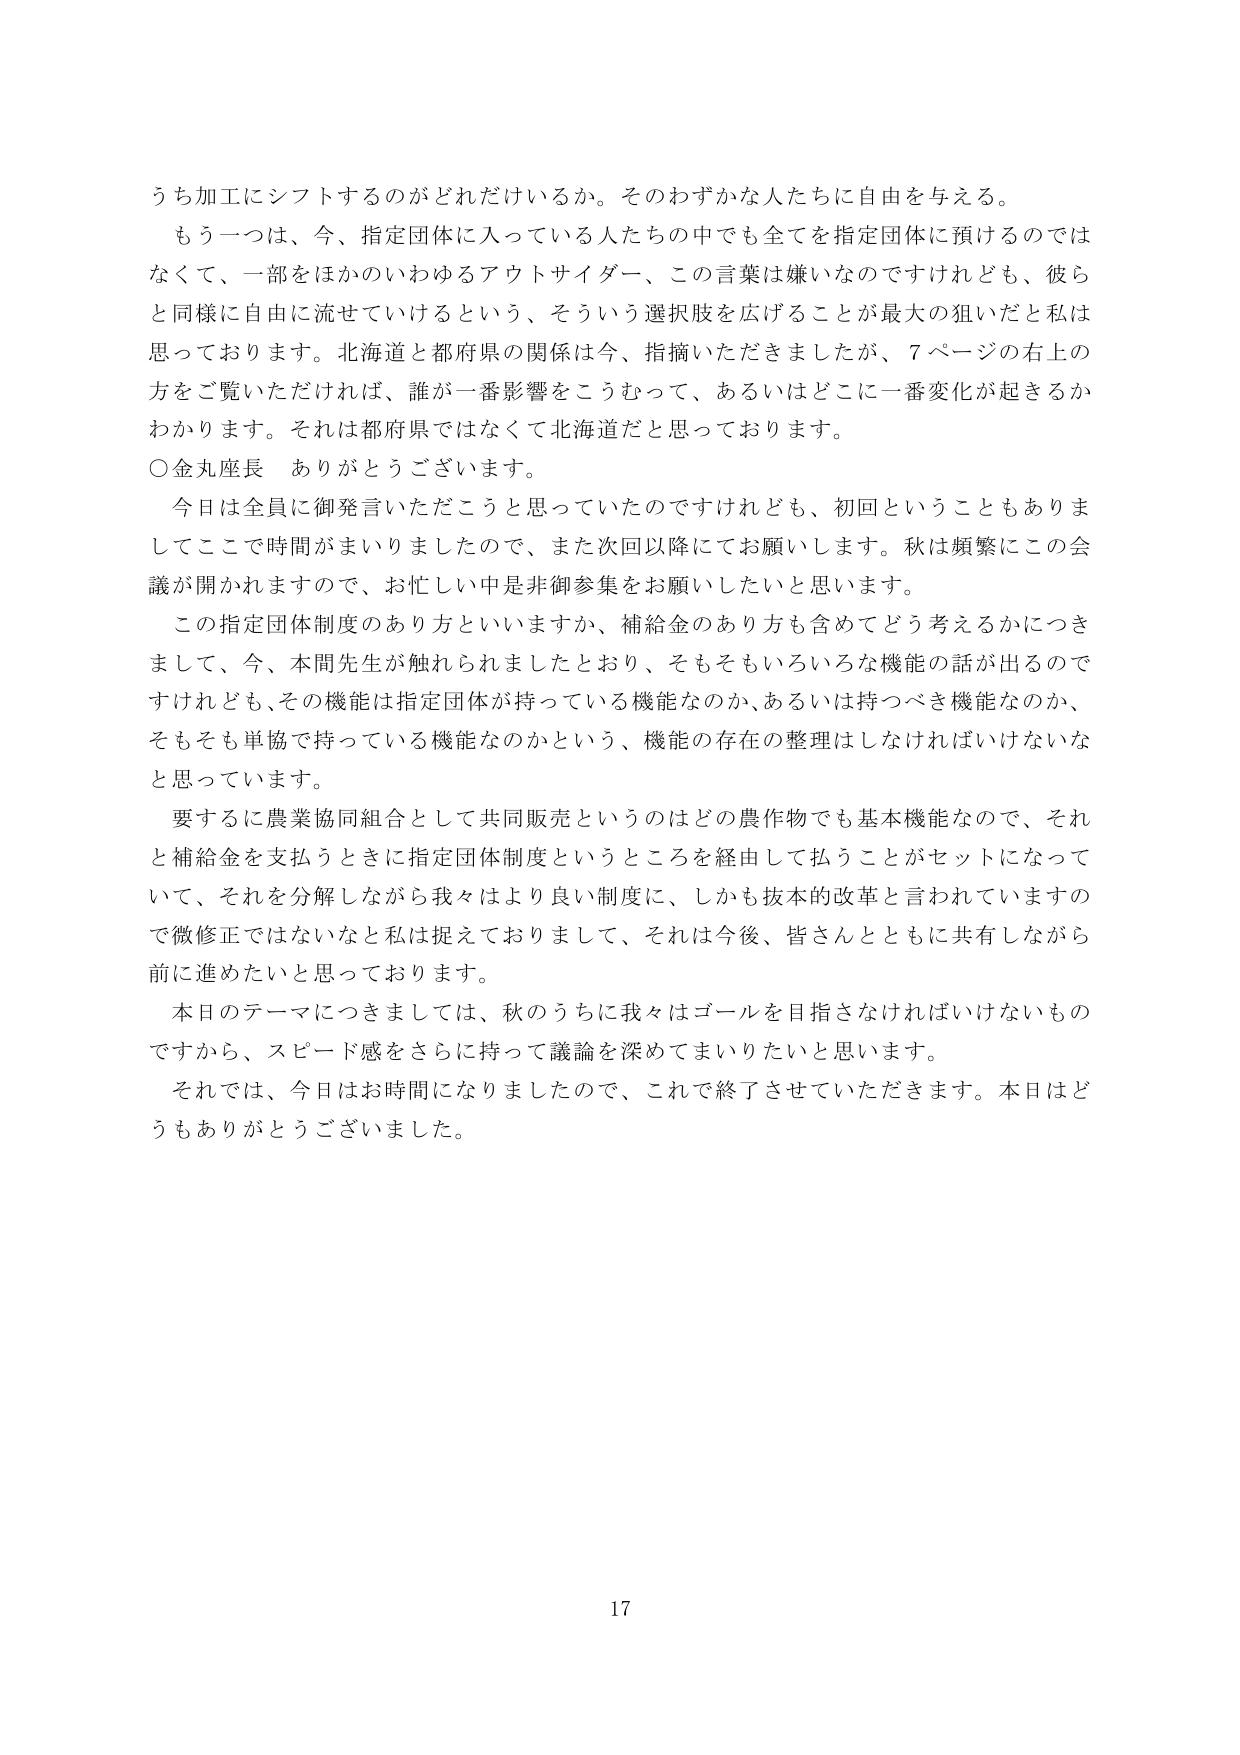
うち加工にシフトするのがどれだけいるか。そのわずかな人たちに自由を与える。

もう一つは、今、指定団体に入っている人たちの中でも全てを指定団体に預けるのではなくて、一部をほかのいわゆるアウトサイダー、この言葉は嫌いなのですけれども、彼らと同様に自由に流せていけるという、そういう選択肢を広げることが最大の狙いだと私は思っております。北海道と都府県の関係は今、指摘いただきましたが、7ページの右上の方をご覧いただければ、誰が一番影響をこうむって、あるいはどこに一番変化が起きるかわかります。それは都府県ではなくて北海道だと思っております。

○金丸座長　ありがとうございます。

今日は全員に御発言いただこうと思っていたのですけれども、初回ということもありましてここで時間がまいりましたので、また次回以降にてお願いします。秋は頻繁にこの会議が開かれますので、お忙しい中是非御参集をお願いしたいと思います。

この指定団体制度のあり方といいますか、補給金のあり方も含めてどう考えるかにつきまして、今、本間先生が触れられましたとおり、そもそもいろいろな機能の話が出るのですけれども、その機能は指定団体が持っている機能なのか、あるいは持つべき機能なのか、そもそも単協で持っている機能なのかという、機能の存在の整理はしなければいけないなと思っています。

要するに農業協同組合として共同販売というのはどの農作物でも基本機能なので、それと補給金を支払うときに指定団体制度というところを経由して払うことがセットになっていて、それを分解しながら我々はより良い制度に、しかも抜本的改革と言われていますので微修正ではないなと私は捉えておりまして、それは今後、皆さんとともに共有しながら前に進めたいと思っております。

本日のテーマにつきましては、秋のうちに我々はゴールを目指さなければいけないものですから、スピード感をさらにもって議論を深めてまいりたいと思います。

それでは、今日はお時間になりましたので、これで終了させていただきます。本日はどうもありがとうございました。

17